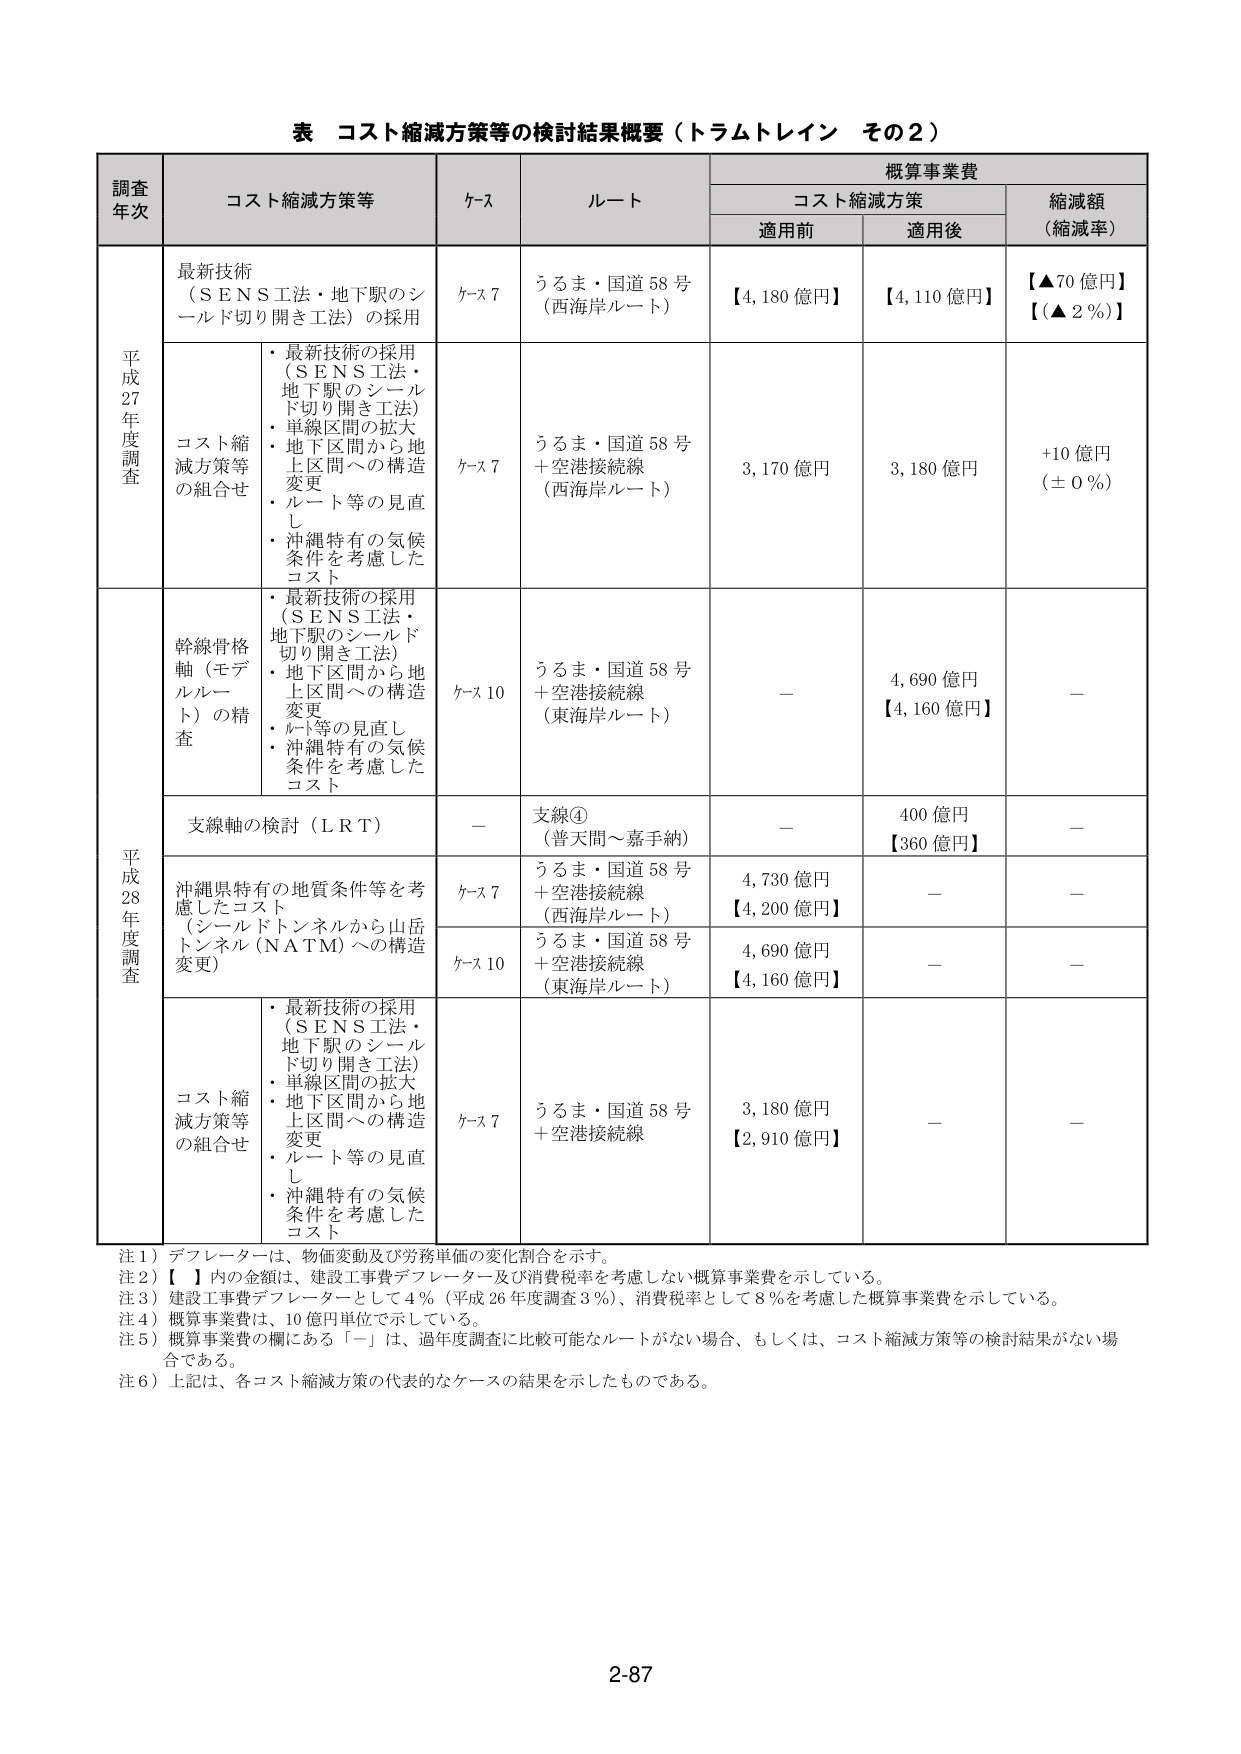
表 コスト縮減方策等の検討結果概要（トラムトレイン その2）

調査年次	コスト縮減方策等	ケース	ルート	概算事業費		縮減額（縮減率）
		コスト縮減方策		適用前	適用後

平成27年度調査	最新技術（ＳＥＮＳ工法・地下駅のシールド切り開き工法）の採用	ケース7	うるま・国道58号（西海岸ルート）	【4,180億円】	【4,110億円】	【▲70億円】【▲2％】

	コスト縮減方策等の組合せ	・最新技術の採用（ＳＥＮＳ工法・地下駅のシールド切り開き工法）・単線区間の拡大・地下区間から地上区間への構造変更・ルート等の見直し・沖縄特有の気候条件を考慮したコスト	ケース7	うるま・国道58号＋空港接続線（西海岸ルート）	3,170億円	3,180億円	+10億円（±0％）

平成28年度調査	幹線骨格軸（モデルルート）の精査	・最新技術の採用（ＳＥＮＳ工法・地下駅のシールド切り開き工法）・地下区間から地上区間への構造変更・ルート等の見直し・沖縄特有の気候条件を考慮したコスト	ケース10	うるま・国道58号＋空港接続線（東海岸ルート）	－	4,690億円【4,160億円】	－

	支線軸の検討（ＬＲＴ）	－	支線④（普天間～嘉手納）	－	400億円【360億円】	－

	沖縄県特有の地質条件等を考慮したコスト（シールドトンネルから山岳トンネル（ＮＡＴＭ）への構造変更）	ケース7	うるま・国道58号＋空港接続線（西海岸ルート）	4,730億円【4,200億円】	－	－

		ケース10	うるま・国道58号＋空港接続線（東海岸ルート）	4,690億円【4,160億円】	－	－

	コスト縮減方策等の組合せ	・最新技術の採用（ＳＥＮＳ工法・地下駅のシールド切り開き工法）・単線区間の拡大・地下区間から地上区間への構造変更・ルート等の見直し・沖縄特有の気候条件を考慮したコスト	ケース7	うるま・国道58号＋空港接続線	3,180億円【2,910億円】	－	－

注1）デフレーターは、物価変動及び労務単価の変化割合を示す。
注2）【　】内の金額は、建設工事費デフレーター及び消費税率を考慮しない概算事業費を示している。
注3）建設工事費デフレーターとして4％（平成26年度調査3％）、消費税率として8％を考慮した概算事業費を示している。
注4）概算事業費は、10億円単位で示している。
注5）概算事業費の欄にある「－」は、過年度調査に比較可能なルートがない場合、もしくは、コスト縮減方策等の検討結果がない場合である。
注6）上記は、各コスト縮減方策の代表的なケースの結果を示したものである。

2-87